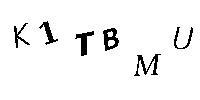
K1TBMU